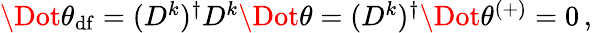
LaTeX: \begin{array}{r}{\Dot{\theta}_{\mathrm{df}}=(D^{k})^{\dagger}D^{k}\Dot{\theta}=(D^{k})^{\dagger}\Dot{\theta}^{(+)}=0\, ,}\end{array}